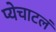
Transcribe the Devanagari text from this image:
प्येचाटलं